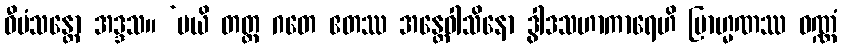
ဝီမံသန္တော အဒ္ဒသ။ ‘မယိ တတ္ထ ဂတေ ဧတဿ အန္တေဝါသိနော ဒွါဒသဟာကာရေဟိ ဗြာဟ္မဏဿ ဝဏ္ဏံ